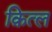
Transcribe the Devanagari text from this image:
क़ित्ल